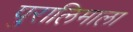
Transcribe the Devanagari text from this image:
पुरालिमाला